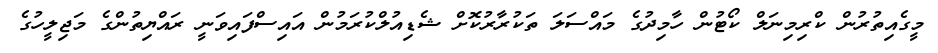
މީގެއިތުރުން ކްރިމިނަލް ކޯޓުން ހާމިދުގެ މައްސަލަ ތަކުރާރުކޮށް ޝެޑިއުލްކުރަމުން އައިސްފައިވަނީ ރައްޔިތުންގެ މަޖިލީހުގެ